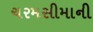
ચરમસીમાની